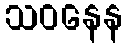
သဝနေန